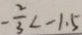
- \frac { 2 } { 3 } < - 1 . 5